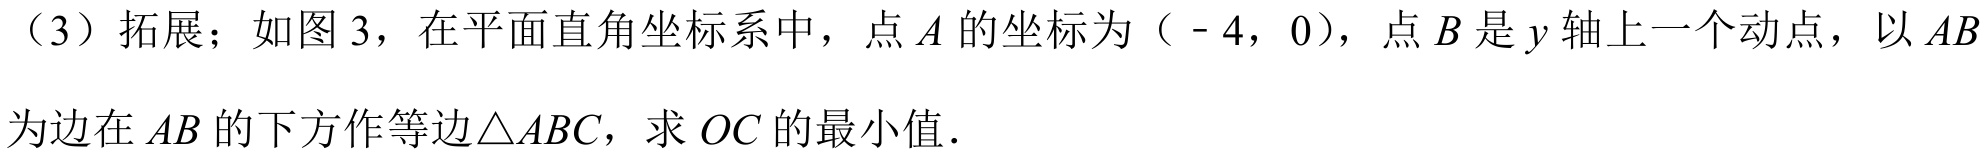
（3）拓展；如图3，在平面直角坐标系中，点\(A\)的坐标为（\(-4\)，\(0\)），点\(B\)是\(y\)轴上一个动点，以\(AB\)为边在\(AB\)的下方作等边\(\triangle ABC\)，求\(OC\)的最小值．